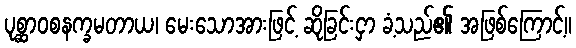
ပုစ္ဆာဝစနက္ခမတာယ၊ မေးသောအားဖြင့် ဆိုခြင်းငှာ ခံ့သည်၏ အဖြစ်ကြောင့်။